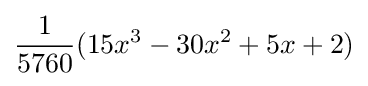
{\frac {1}{5760}}(15x^{3}-30x^{2}+5x+2)